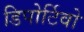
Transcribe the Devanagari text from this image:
डिपोर्टिवो